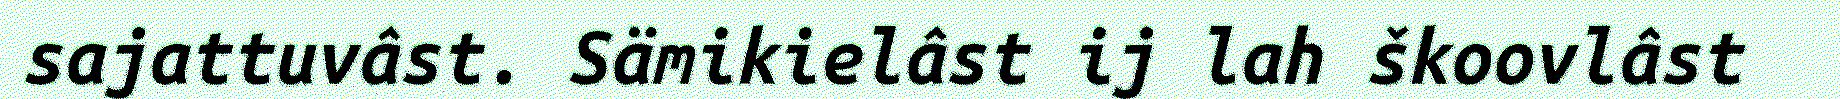
sajattuvâst. Sämikielâst ij lah škoovlâst